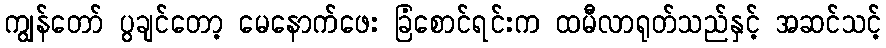
ကျွန်တော် ပွချင်တော့ မေနောက်ဖေး ခြံစောင်ရင်းက ထမီလာရုတ်သည်နှင့် အဆင်သင့်